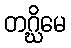
တဂ္ဃိမေ